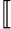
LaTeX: [\! [